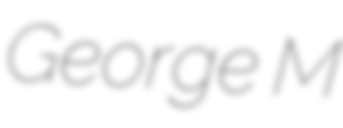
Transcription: George M